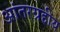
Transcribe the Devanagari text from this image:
आंतरग्रहीय